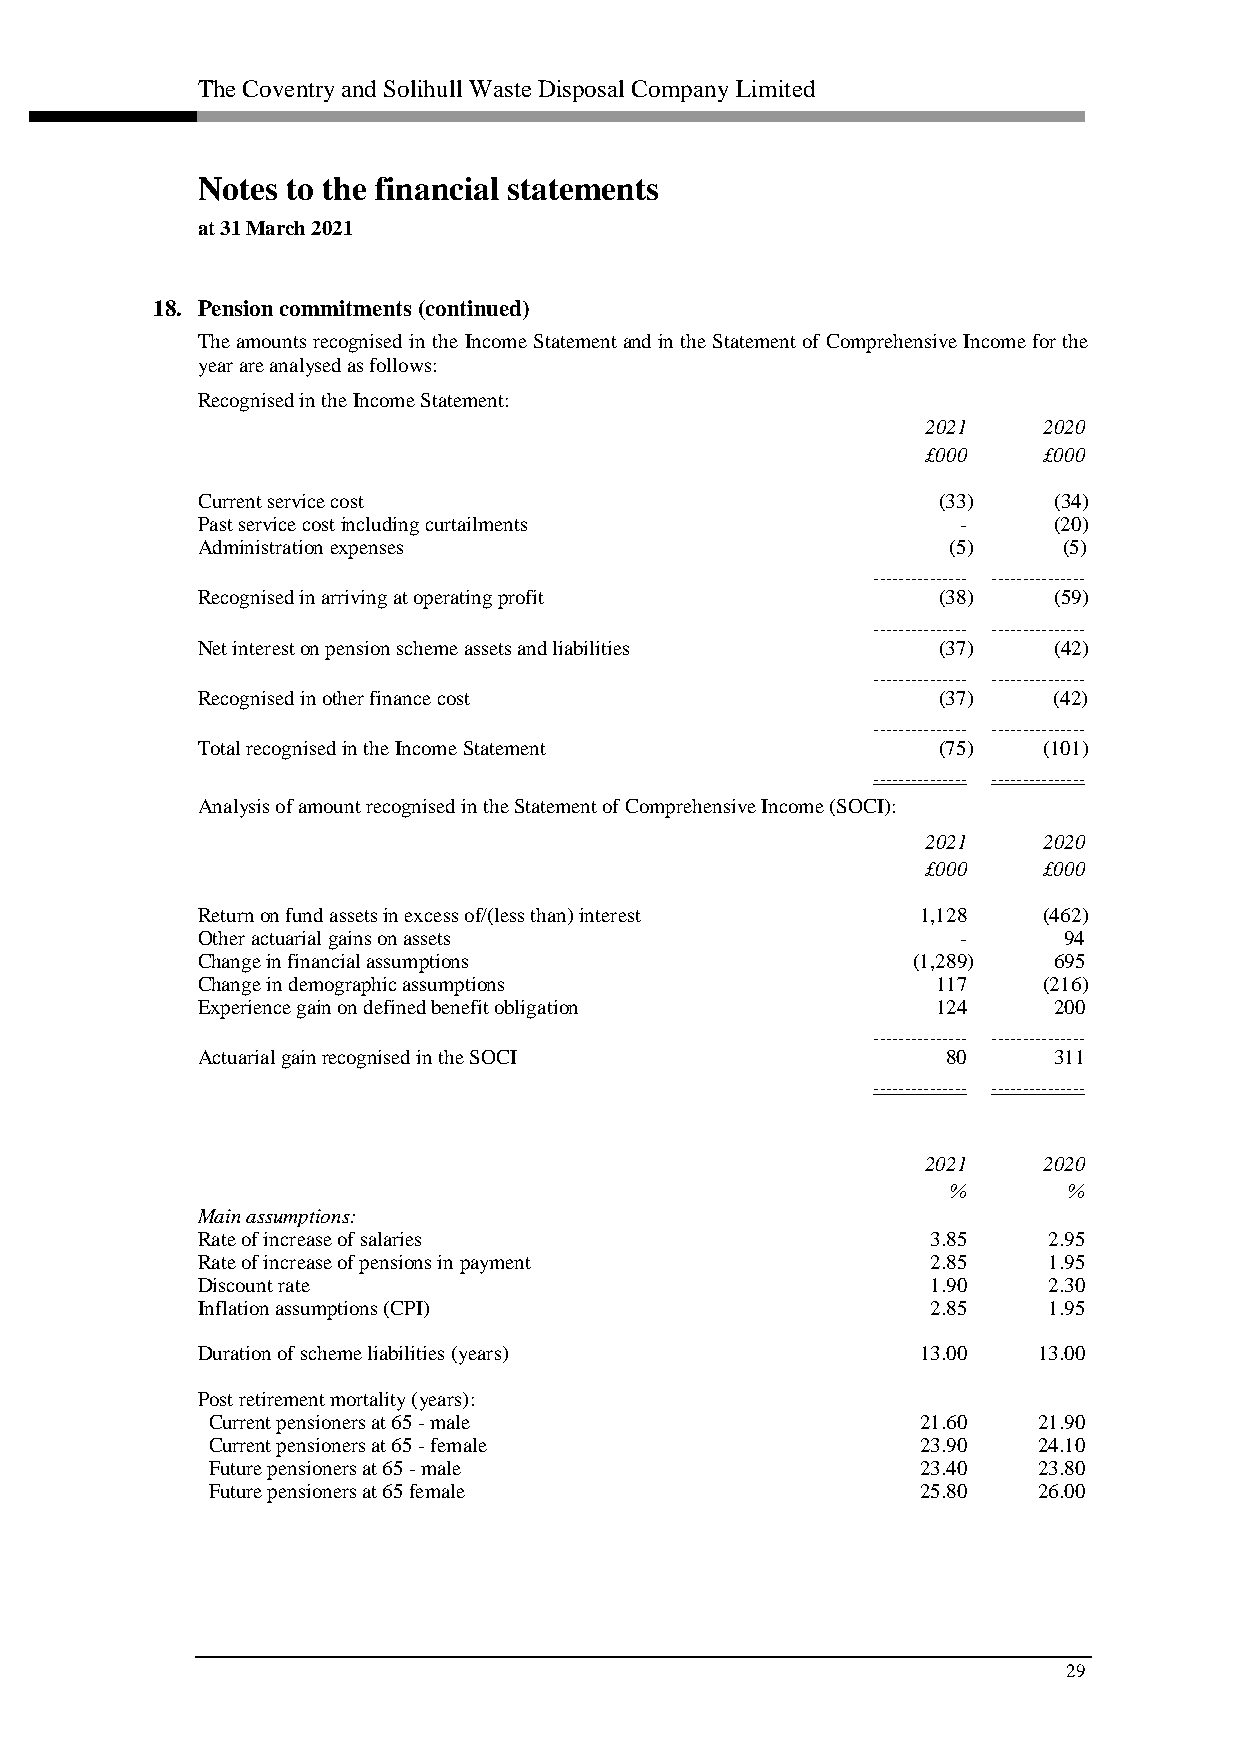
The Coventry and Solihull Waste Disposal Company Limited
 Notes to the financial statements
 at 31 March 2021
 18. Pension commitments (continued)
 The amounts recognised in the Income Statement and in the Statement of Comprehensive Income for the
 year are analysed as follows:
 Recognised in the Income Statement:
 2021    2020
 £000    £000
 Current service cost                             (33)    (34)
 Past service cost including curtailments          -      (20)
 Administration expenses                           (5)3   (5)
 ––––––––––––––– –––––––––––––––
 Recognised in arriving at operating profit       (38)    (59)
 ––––––––––––––– –––––––––––––––
 Net interest on pension scheme assets and liabilities (37) (42)
 ––––––––––––––– –––––––––––––––
 Recognised in other finance cost                 (37)    (42)
 ––––––––––––––– –––––––––––––––
 Total recognised in the Income Statement         (75)   (101)
 ––––––––––––––– –––––––––––––––
 Analysis of amount recognised in the Statement of Comprehensive Income (SOCI):
 2021    2020
 £000    £000
 Return on fund assets in excess of/(less than) interest 1,128 (462)
 Other actuarial gains on assets                   -      94
 Change in financial assumptions                (1,289)   695
 Change in demographic assumptions                117    (216)
 Experience gain on defined benefit obligation    124     200
 ––––––––––––––– –––––––––––––––
 Actuarial gain recognised in the SOCI             80     311
 ––––––––––––––– –––––––––––––––
 2021    2020
 %       %
 Main assumptions:
 Rate of increase of salaries                     3.85   2.95
 Rate of increase of pensions in payment          2.85   1.95
 Discount rate                                    1.90   2.30
 Inflation assumptions (CPI)                      2.85   1.95
 Duration of scheme liabilities (years)          13.00   13.00
 Post retirement mortality (years):
 Current pensioners at 65 - male                21.60   21.90
 Current pensioners at 65 - female              23.90   24.10
 Future pensioners at 65 - male                 23.40   23.80
 Future pensioners at 65 female                 25.80   26.00
 29